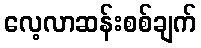
လေ့လာဆန်းစစ်ချက်